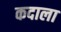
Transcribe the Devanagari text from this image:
कदाला